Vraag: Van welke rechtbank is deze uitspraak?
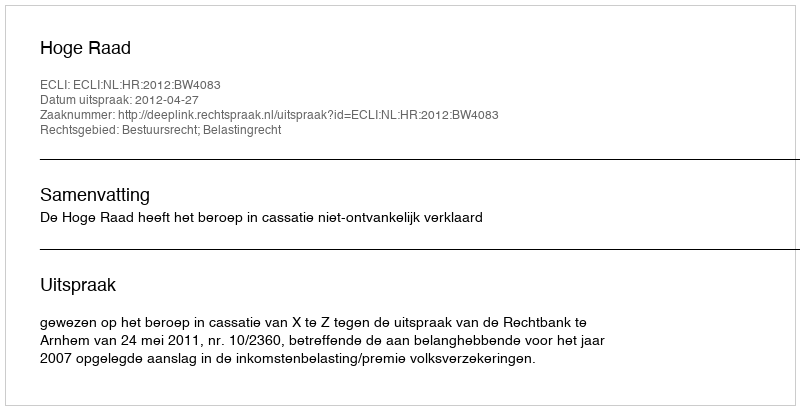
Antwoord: Hoge Raad